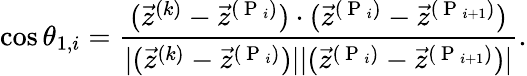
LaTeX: \cos\theta_{1,i}=\frac{(\vec{z}^{(k)}-\vec{z}^{(\mathrm{~P~}_{i})})\cdot(\vec{z}^{(\mathrm{~P~}_{i})}-\vec{z}^{(\mathrm{~P~}_{i+1})})}{|(\vec{z}^{(k)}-\vec{z}^{(\mathrm{~P~}_{i})})||(\vec{z}^{(\mathrm{~P~}_{i})}-\vec{z}^{(\mathrm{~P~}_{i+1})})|}.